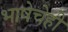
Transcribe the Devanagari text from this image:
भाषेचेही